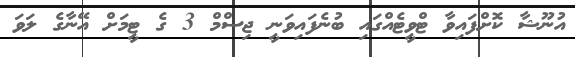
އުނޫޝާ ކޮށްފައިވާ ޓްވީޓެއްގައި ބުނެފައިވަނީ ޖިސްމް 3 ގެ ޓީމަށް އޭނާގެ ލަވަ